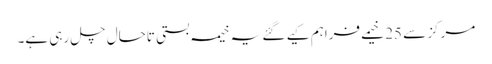
مرکز سے 25 خیمے فراہم کیے گئے یہ خیمہ بستی تاحال چل رہی ہے۔